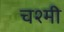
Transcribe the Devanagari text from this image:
चश्मी